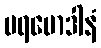
ပရမောဒါနံ